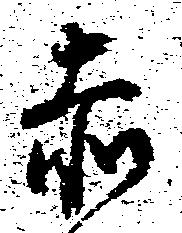
赤